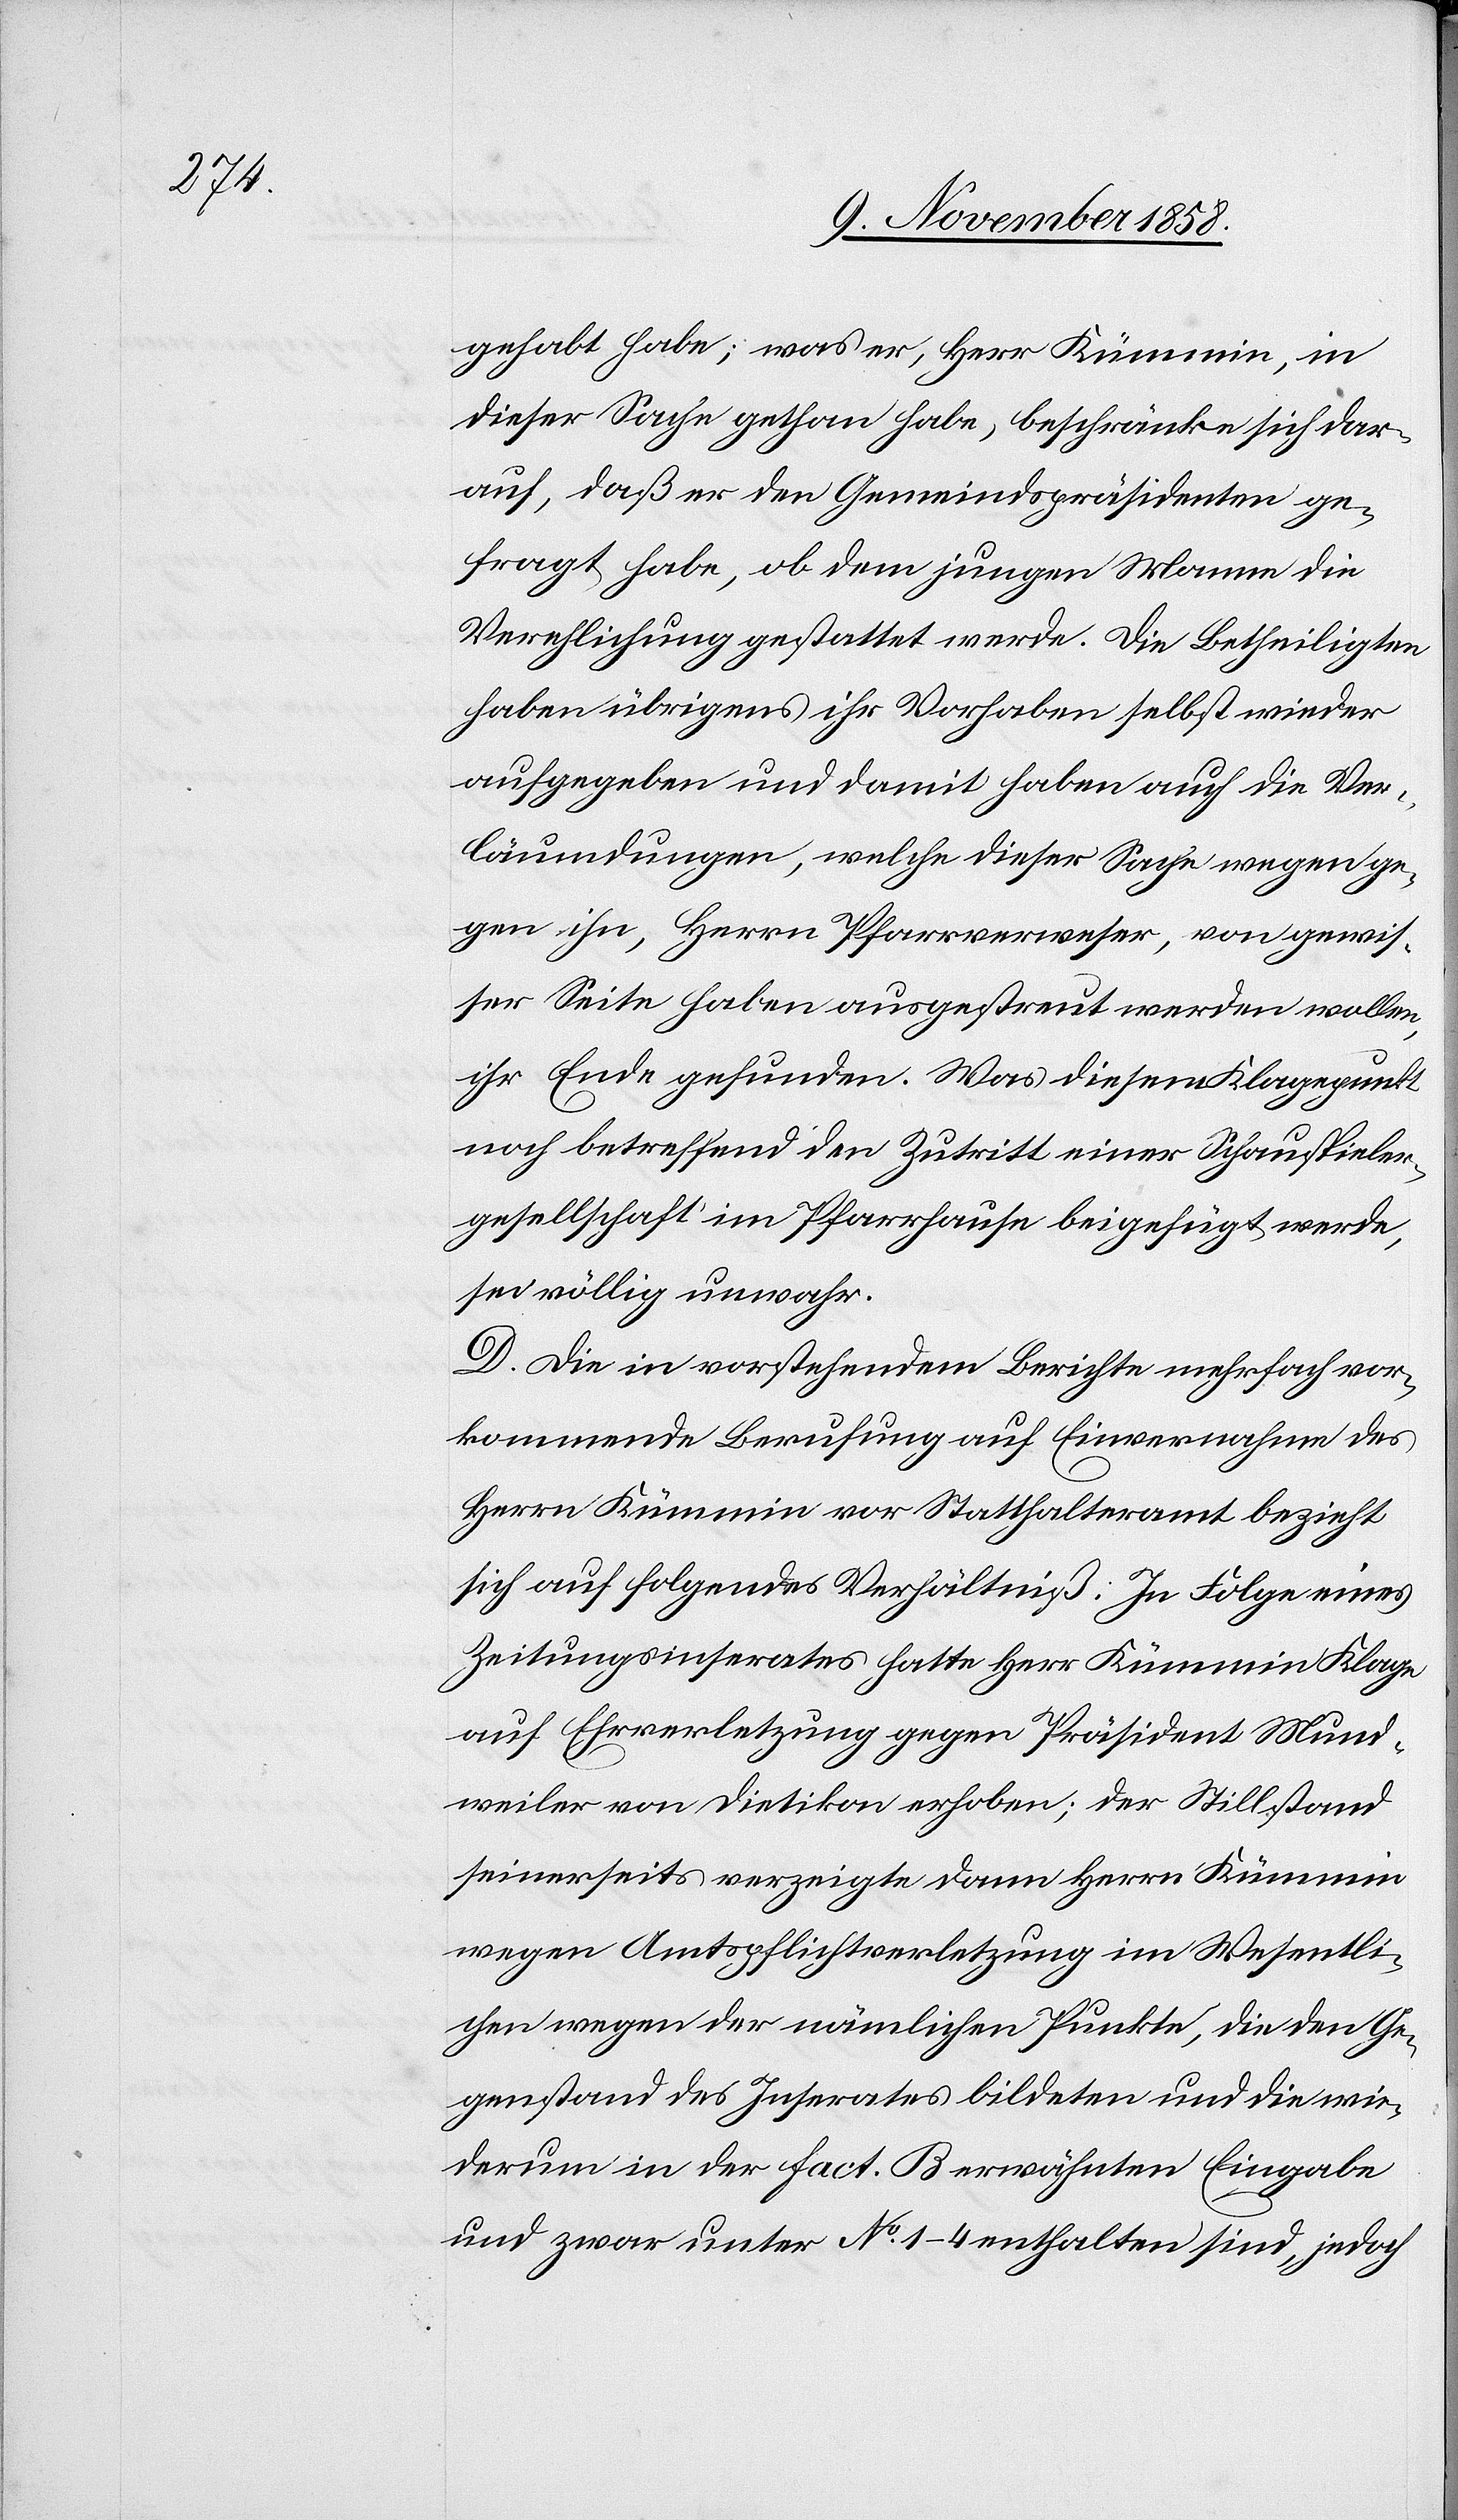
gehabt habe; was er, Herr Kümmin, in
dieser Sache gethan habe, beschränke sich dar¬
auf, daß er den Gemeindspräsidenten ge¬
fragt habe, ob dem jungen Manne die
Verehlichung gestattet werde. Die Betheiligten
haben übrigens ihr Vorhaben selbst wieder
aufgegeben und damit haben auch die Ver¬
läumdungen, welche dieser Sache wegen ge¬
gen ihn, Herrn Pfarrverweser, von gewis¬
ser Seite haben ausgestreut werden wollen,
ihr Ende gefunden. Was diesem Klagepunkt
noch betreffend den Zutritt einer Schauspieler¬
gesellschaft im Pfarrhause beigefügt werde,
sei völlig unwahr.
D. Die in vorstehendem Berichte mehrfach vor¬
kommende Berufung auf Einvernahme des
Herrn Kümmin vor Statthalteramt bezieht
sich auf folgendes Verhältniß: In Folge eines
Zeitungsinserates hatte Herr Kümmin Klage
auf Ehrverletzung gegen Präsident Mund¬
weiler von Dietikon erhoben; der Stillstand
seinerseits verzeigte dann Herrn Kümmin
wegen Amtspflichtverletzung im Wesentli¬
chen wegen der nämlichen Punkte, die den Ge¬
genstand des Inserates bildeten und die wie¬
derum in der Fact. B erwähnten Eingabe
und zwar unter No 1–4 enthalten sind, jedoch